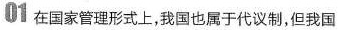
0I在国家管理形式上，我国也属于代议制，但我国